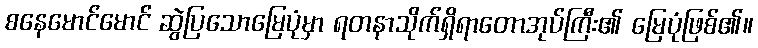
စနေမောင်မောင် ဆွဲပြသောမြေပုံမှာ ရတနာသိုက်ရှိရာတောအုပ်ကြီး၏ မြေပုံဖြစ်၏။